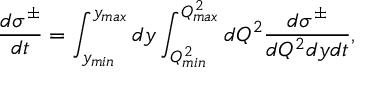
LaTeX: \frac { d \sigma ^ { \pm } } { d t } = \int _ { y _ { m i n } } ^ { y _ { m a x } } d y \int _ { Q _ { m i n } ^ { 2 } } ^ { Q _ { m a x } ^ { 2 } } d Q ^ { 2 } \frac { d \sigma ^ { \pm } } { d Q ^ { 2 } d y d t } ,